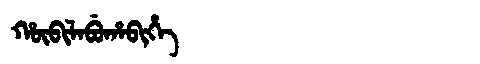
Manchu: ᡥᡡᠪᡳᠯᠠᠪᡠᡥᠠᠪᡳᡥᡝ
Romanization: HŪBILABUHABIHE